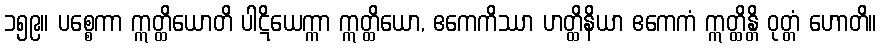
၁၅၉။ ပစ္စေကာ ဣတ္ထိယောတိ ပါဋိယေက္ကာ ဣတ္ထိယော, ဧကေကိဿာ ဟတ္ထိနိယာ ဧကေကံ ဣတ္ထိန္တိ ဝုတ္တံ ဟောတိ။